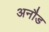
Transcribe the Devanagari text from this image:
अनौड